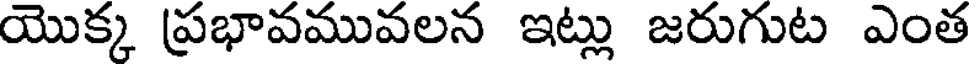
యొక్క ప్రభావమువలన ఇట్లు జరుగుట ఎంత